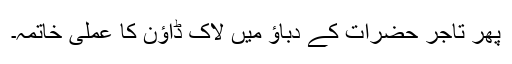
پھر تاجر حضرات کے دباؤ میں لاک ڈاؤن کا عملی خاتمہ۔